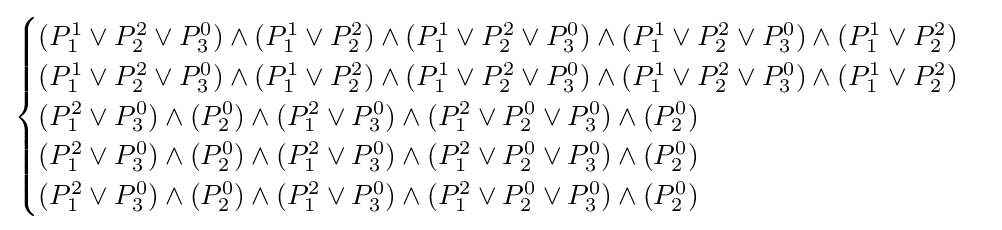
{\begin{cases}(P_{1}^{1}\lor P_{2}^{2}\lor P_{3}^{0})\land (P_{1}^{1}\lor P_{2}^{2})\land (P_{1}^{1}\lor P_{2}^{2}\lor P_{3}^{0})\land (P_{1}^{1}\lor P_{2}^{2}\lor P_{3}^{0})\land (P_{1}^{1}\lor P_{2}^{2})\\(P_{1}^{1}\lor P_{2}^{2}\lor P_{3}^{0})\land (P_{1}^{1}\lor P_{2}^{2})\land (P_{1}^{1}\lor P_{2}^{2}\lor P_{3}^{0})\land (P_{1}^{1}\lor P_{2}^{2}\lor P_{3}^{0})\land (P_{1}^{1}\lor P_{2}^{2})\\(P_{1}^{2}\lor P_{3}^{0})\land (P_{2}^{0})\land (P_{1}^{2}\lor P_{3}^{0})\land (P_{1}^{2}\lor P_{2}^{0}\lor P_{3}^{0})\land (P_{2}^{0})\\(P_{1}^{2}\lor P_{3}^{0})\land (P_{2}^{0})\land (P_{1}^{2}\lor P_{3}^{0})\land (P_{1}^{2}\lor P_{2}^{0}\lor P_{3}^{0})\land (P_{2}^{0})\\(P_{1}^{2}\lor P_{3}^{0})\land (P_{2}^{0})\land (P_{1}^{2}\lor P_{3}^{0})\land (P_{1}^{2}\lor P_{2}^{0}\lor P_{3}^{0})\land (P_{2}^{0})\end{cases}}